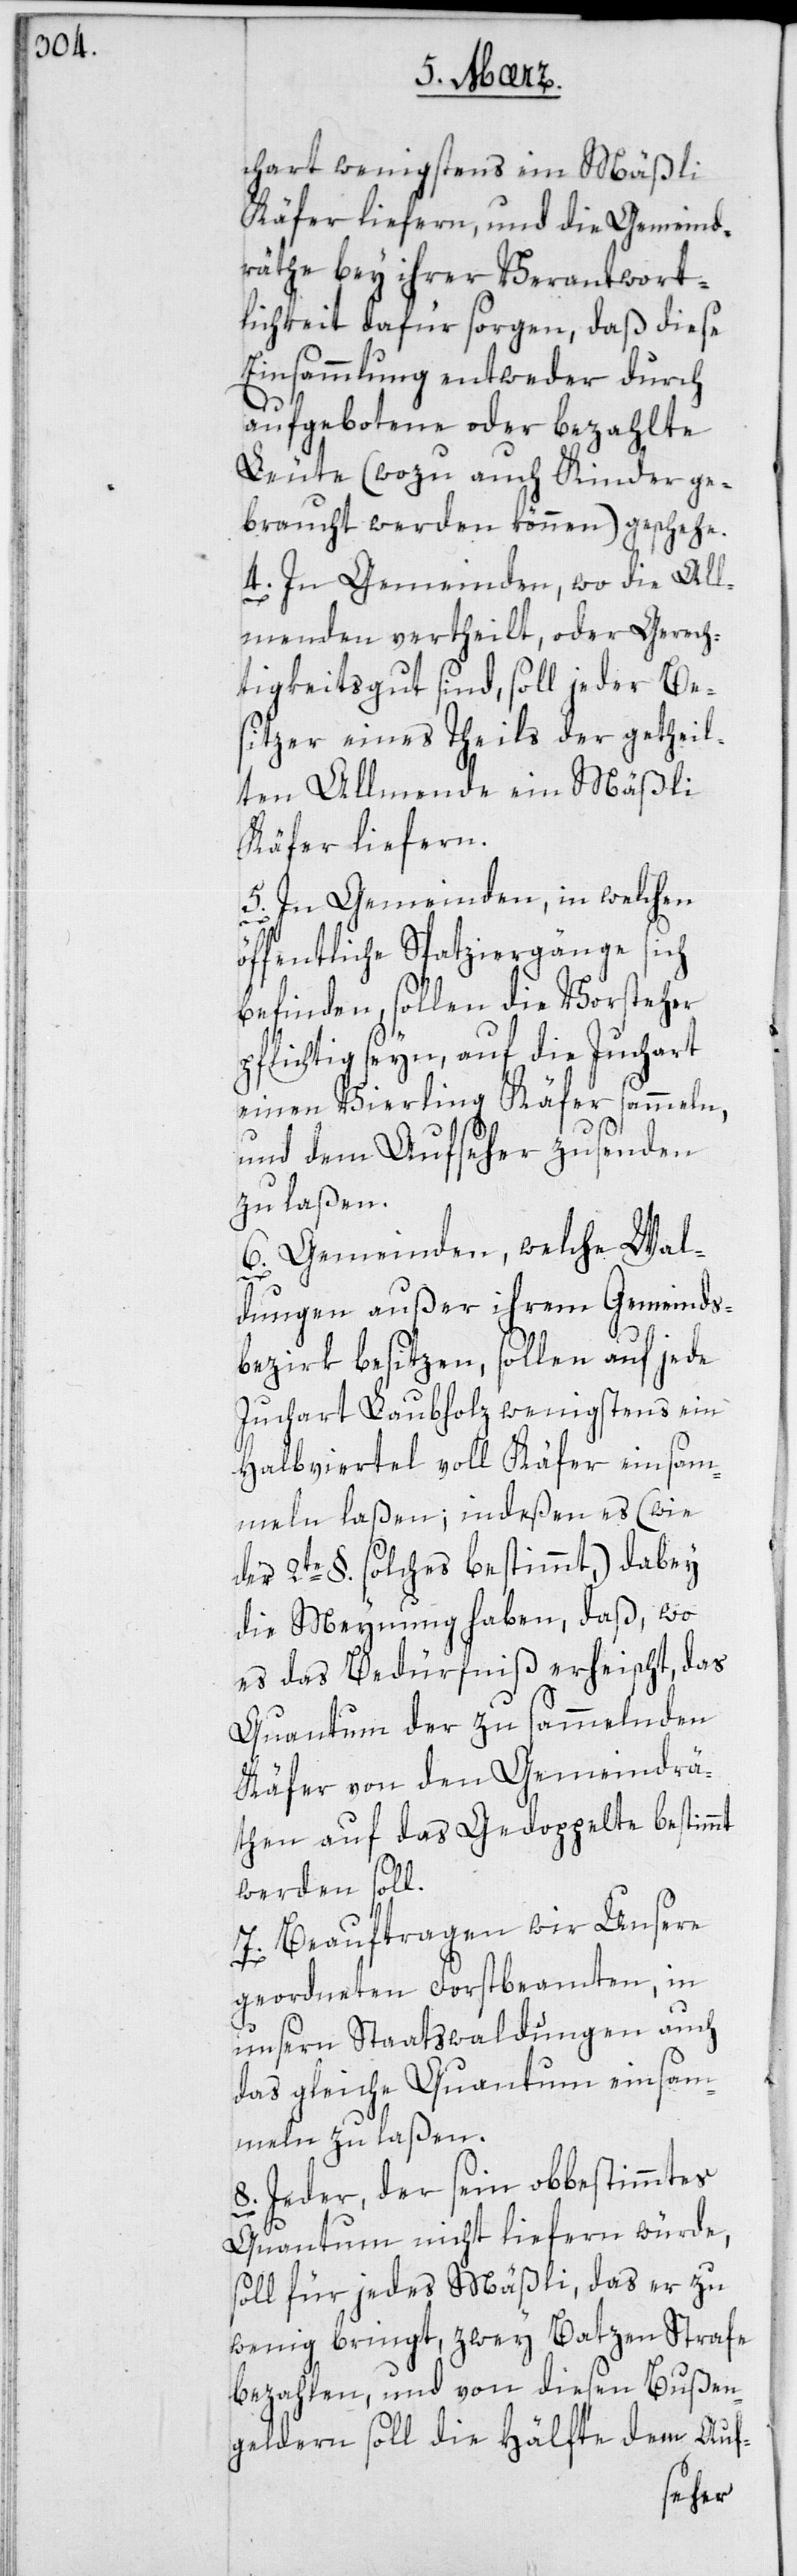
chart wenigstens ein Mäßli
Käfer liefern, und die Gemeind¬
räthe bey ihrer Verantwort¬
lichkeit dafür sorgen, daß diese
Einsammlung entweder durch
aufgebotene oder bezahlte
Leute (wozu auch Kinder ge¬
braucht werden können) geschehe.
4. In Gemeinden, wo die All¬
menden vertheilt, oder Gerech¬
tigkeitsgut sind, soll jeder Be¬
sitzer eines Theils der getheil¬
ten Allmende ein Mäßli
Käfer liefern.
5. In Gemeinden, in welchen
öffentliche Spatziergänge sich
befinden, sollen die Vorsteher
pflichtig seyn, auf die Juchart
einen Vierling Käfer sammeln,
und dem Aufseher zusenden
zu laßen.
welche Wal¬
6. Gemeinden,
dungen außer ihrem Gemeinds¬
bezirk besitzen, sollen auf jede
Juchart Laubholz wenigstens ein
Halbviertel voll Käfer einsam¬
meln laßen; indeßen es (wie
der 2te. §. solches bestimmt), dabey
die Meynung haben, daß, wo
es das Bedürfniß erheischt, das
Quantum der zu sammelnden
Käfer von den Gemeindrä¬
then auf das Gedoppelte bestimmt
werden soll.
7. Beauftragen wir Unsere
geordneten Forstbeamten, in
unsern Staatswaldungen auch
das gleiche Quantum einsam¬
meln zu laßen.
Jeder der sein obbestimmtes
Quantum nicht liefern würde,
soll für jedes Mäßli, das er zu
wenig bringt, zwey Batzen Strafe
bezahlen, und von diesen Bußen¬
geldern soll die Hälfte dem Auf-